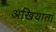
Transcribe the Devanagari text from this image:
अखियातां